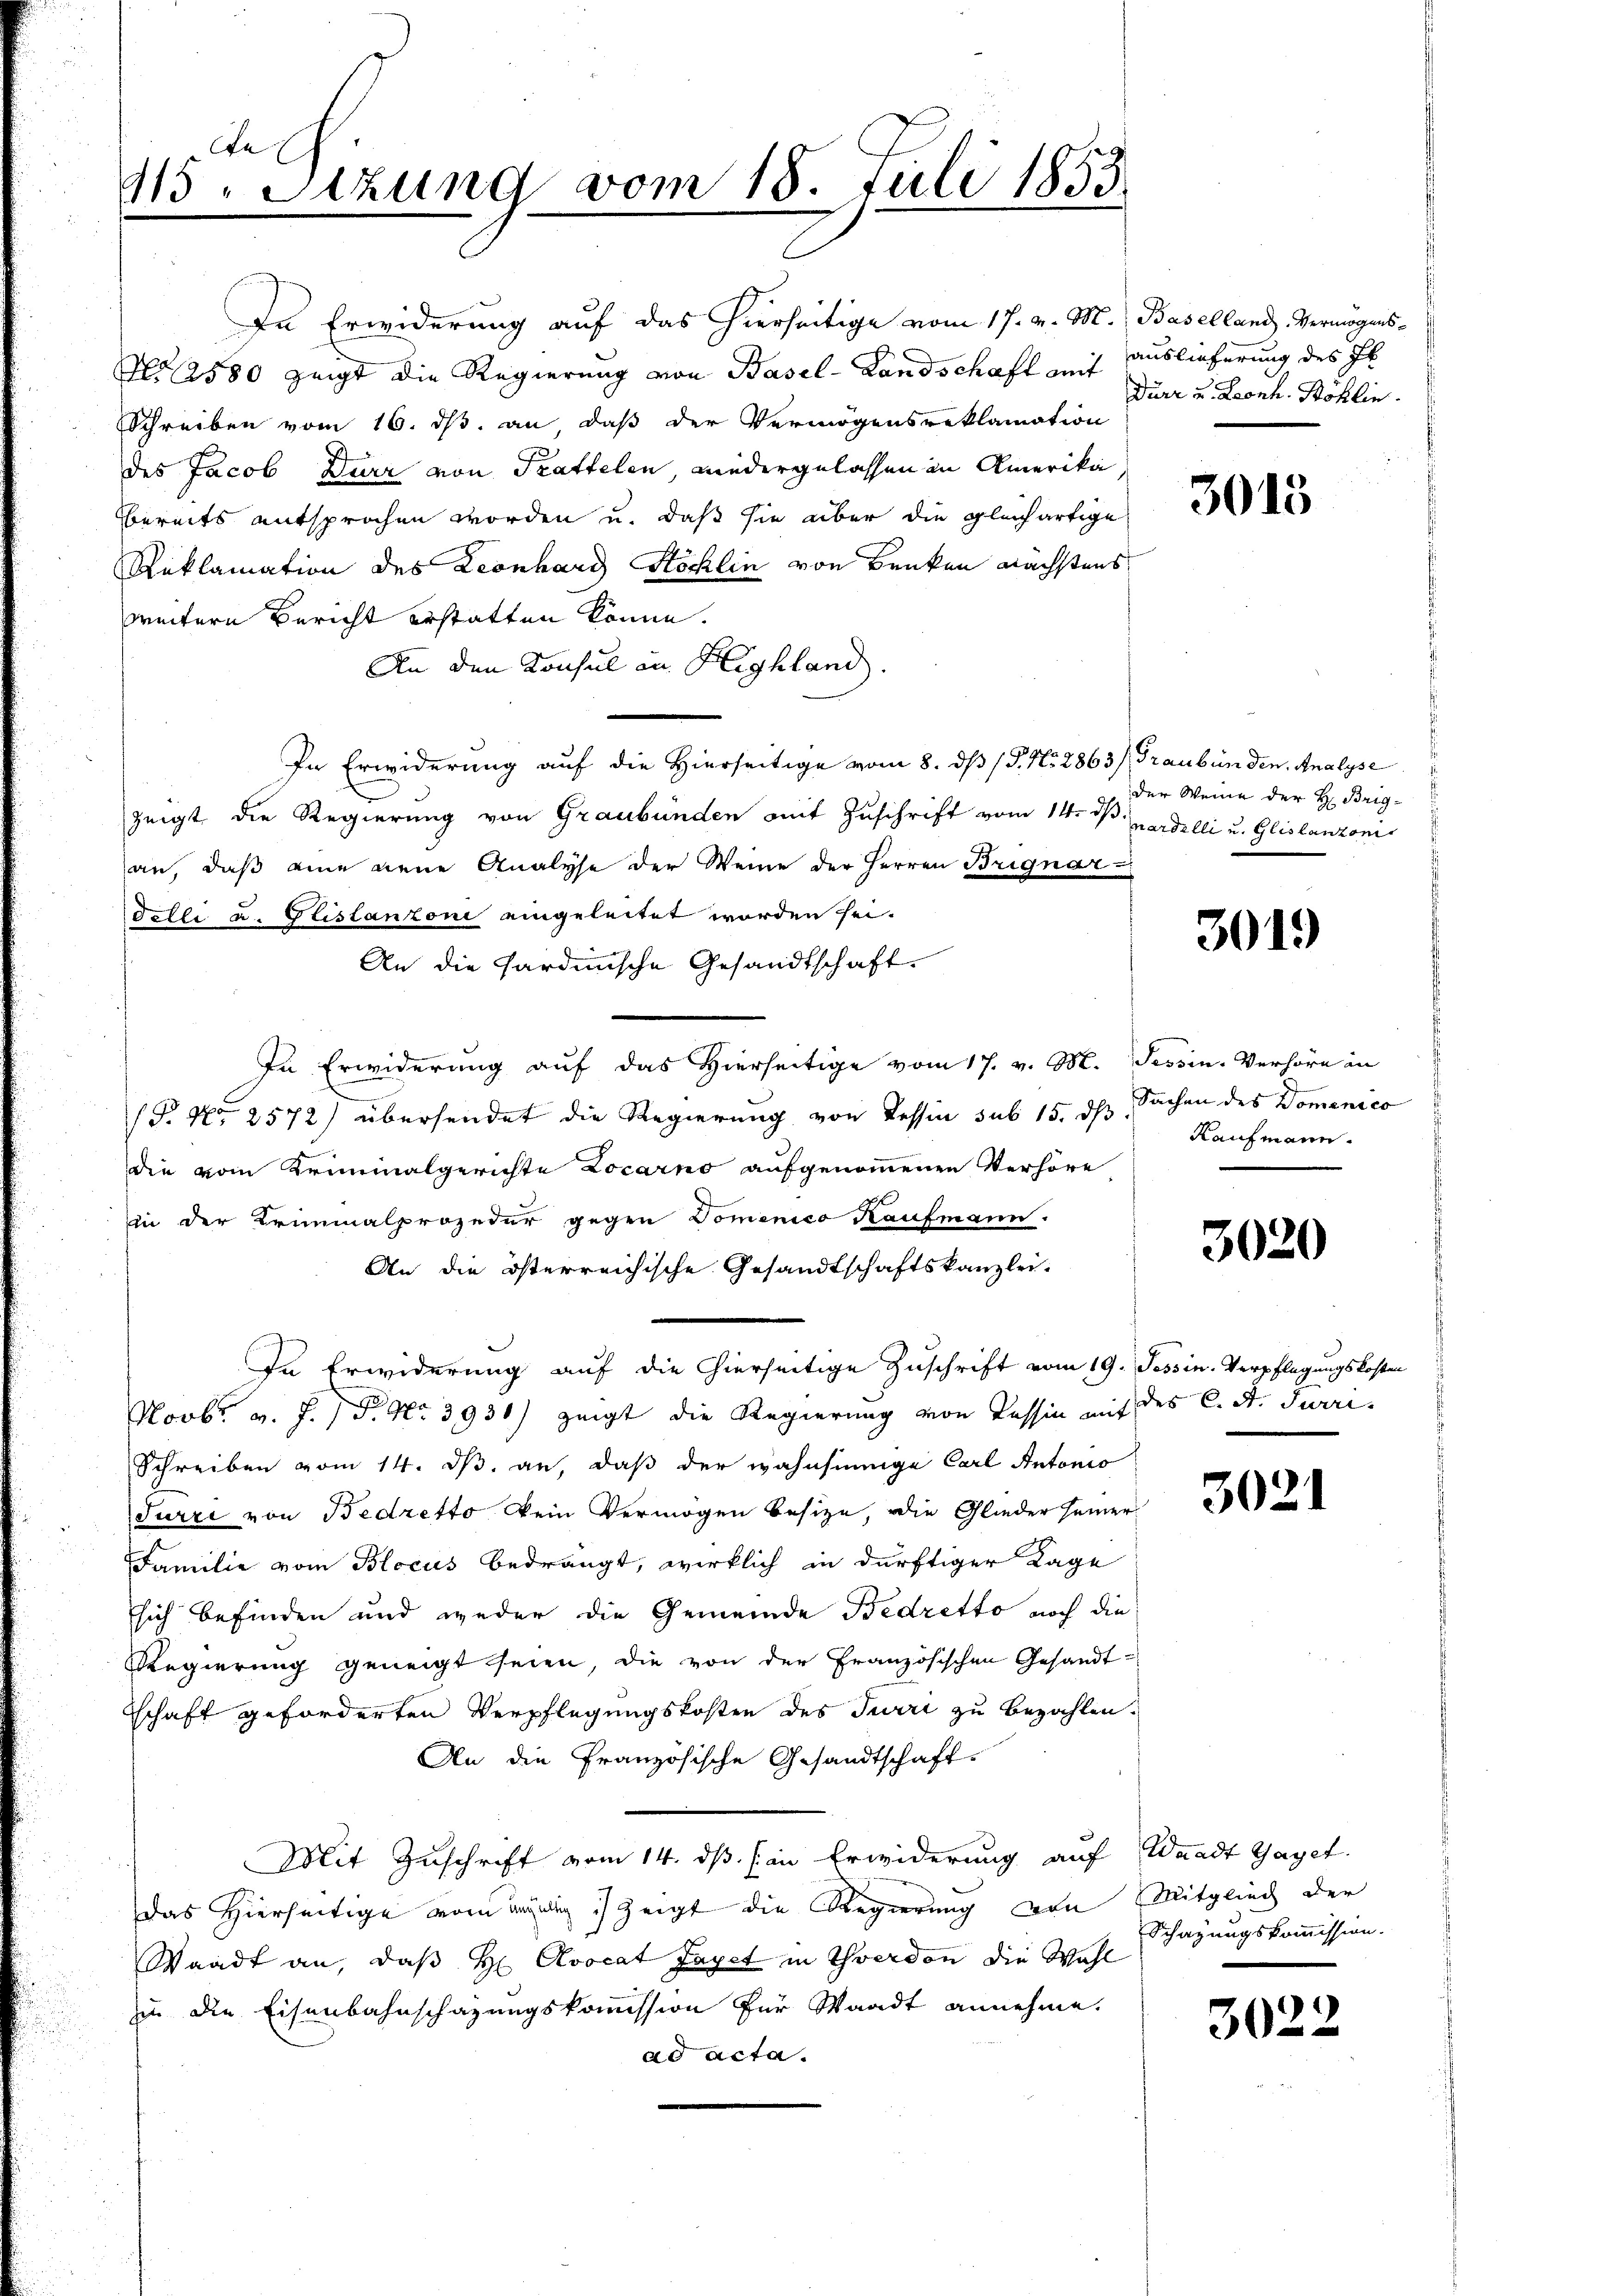
115. Sitzung vom 18. Juli 1853

In Erwiderung auf das hierseitige vom 17. v. M. Baselland Vermögens-
No 12580 zeigt die Regierung von Basel-Landschaft auf Auslieferung des Jb.
Schreiben vom 16. ds. an daß der Vermögensreklamation
des Jacob Dürr von Trattelen, wiedergelassen in Amerika,
bereits entsprochen worden u. daß sie aber die gleichartige
Reklamation des Leonhard Köchlin von Benken nächstens
weitern Bericht erstatten könne.
An den Konsul an Highland.
In Erwiderung auf die Hierseitige vom 8. dß (P. Nr. 2863/Graubünden, Analyse
zeigt die Regierung von Graubünden mit Zuschrift vom 14. V. nardilli u. Glislanzonis
an, daß eine neue Analyse der Weine der Herren Brignar-
Felli u. Glistanzoni eingeleitet worden sei.
An die Sardinische Gesandtschaft.
In Erwiderung auf das Hierseitige vom 17. v. M. Tessin. Verhöre in
(§. No 2572) übersendet die Regierung von Tessin sub 15. ds Sachen des Domenico
die vom Kriminalgerichte Locarno aufgenommenen Verhöre
in der Kriminalprozedur gegen Domenico Kaufmann.
An die österreichische Gesandtschaftskanzlei-
In Erwiderung auf die hierseitige Zuschrift vom 19. Tessin. Verpflegungskosten
Novbr. v. J. P. Nr. 3930) zeigt die Regierung von Tessin mit des C. d. Juri¬
Schreiben vom 14. ds. an, daß der wahnsinnige Carl Antonio
Turzi von Bedretto kein Vermögen besitze, die Glieder seiner
Familie vom Blocus bedrängt, wirklich in dürftiger Lage
sich befinden und weder die Gemeinde Bedretto noch die
Regierung geneigt seien, die von der Französischen Gesandt-
schaft geforderten Verpflegungskosten des Terri zu bezahlen.
An die Französische Gesandtschaft-
Mit Zuschrift vom 14. ds. (in Erwiderung auf Waadt Gayet
das Hierseitige vom Bauung zeigt die Regierung von Mitglied der
Waadt an, daß H. Avocat Zayet in Yverdon die Wahl
in die Eisenbahnschazungskommission für Waadt annehme,
ad acta.

Durz u. Leonh. Böhlin

3013

der Weine der H. Brig-

3019

Kaufmann.

3020

3021

Schazungskommission.

3022